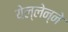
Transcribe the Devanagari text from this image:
येल्लेन्ने